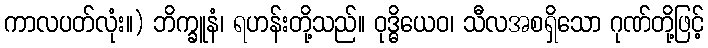
ကာလပတ်လုံး။) ဘိက္ခူနံ၊ ရဟန်းတို့သည်။ ဝုဒ္ဓိယေဝ၊ သီလအစရှိသော ဂုဏ်တို့ဖြင့်